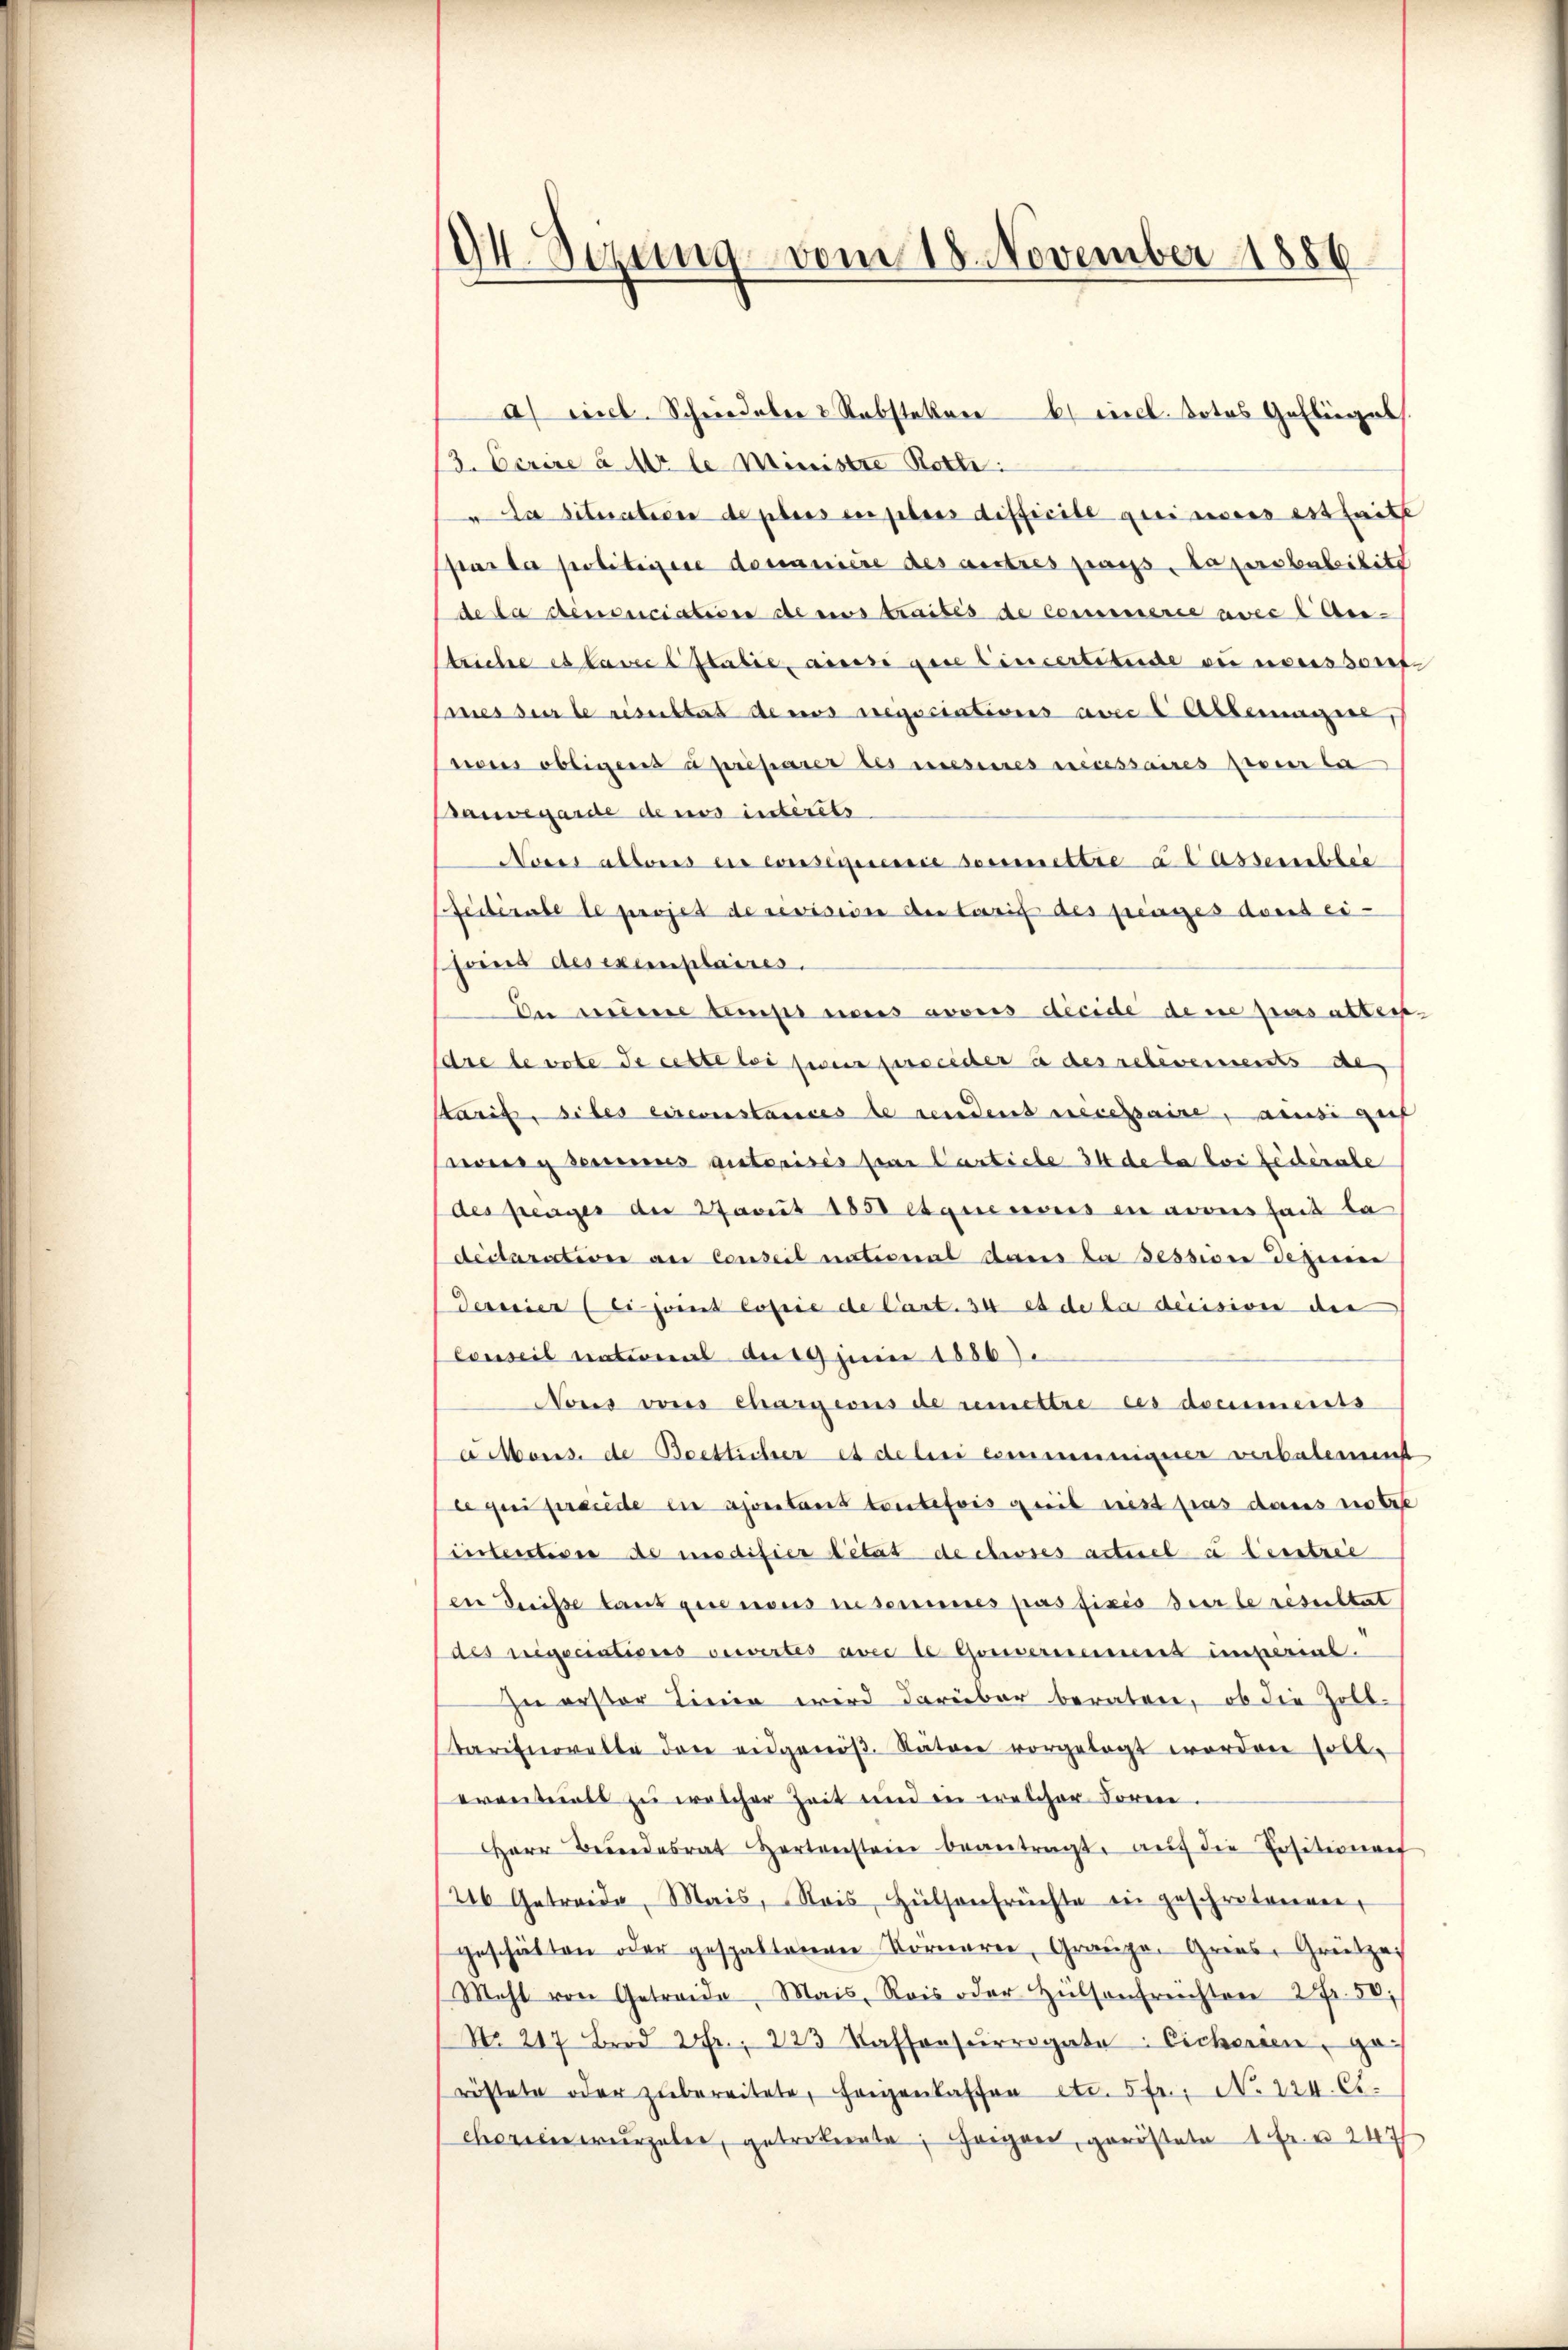
94. Setzung vom 18. November 1886

a) cit. Schried aber & Rabsteker incl. Dotos Geflügel
/3. Cerire à Mr le Ministre Rotte
da situation de pbers der febres difficile geeinvers est faite
par la politiere domanière des Bestres pass. La probabilite
de la renonciation de eos traités de commerce avec l An-
trichte es avec l Italie, ainsi gere Eincertitude sei noussore
mes sur le risultat denes wegsciations avec l Albernagers
wis obligens apriparer des mesines necessaires siver let
Bauvegarde ders intérêts
Noses altens eis consegeressie soumettre a l Assemblee
Federate le projet de revision der Tarif des freiges donis ei-
soins des exemplaires.
Du meine temper neues avoirs décide de ne pres attege.
dre devote de cette bei zwei verseider à des relevements de
taris, siles circonstances de sendens nécessaire, aus gef
werg seines autorisés par Cantiche 34 de la loi fédérale
des frages der 2Javit 1850 et que nous en avouissait la
declaration an Conzeit national dans da Bessione dezinen
Termier (Ei joint copie de Cart. 34 et de la decisiven den
Conseil national an 19 Juni 1886).
Nons vons chargens de remettre ces documents
a Mons de Beetlicheres delei commeinigerer verbalement
le qui prende in apontant toutefois geeib nit pas dans so tre
intentione de insdifier état de choses acturel à leistrie
en Disse laut gesenens ne semines passisis sur le resultat
des regecations vervirtes avec le Gouvernement imperat.
zu erster Linie wird darüber beraten, ob die Zoll-
aritorette der eidgenöβ. Rätere vorgelegt worden soll.
eranteils zu welcher Zeit und in welcher Loren.
Herr Beendesrat Zerst beantragt, aŭf die Positionent
26 Getreide, Mais, Stois Hülsenfrüchte ein geschrotenen,
geschätten oder gespalterner Kornarie, Grauze. Gries, Grützes
Mehl von Getraide, Mais, Rois oder Hülsenfreichter 2 fr. 50,
No 217 Brod 2fr. 223 Kaffonsŭrrogate: Eichersen geröstete oder zŭ bereitete, Feigenkaffen etc. 5 fr., N. 224. Ct.
orierergeber, getretente; eigen, geröstete 1 Fr. u 247